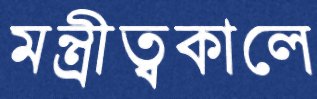
মন্ত্রীত্বকালে